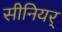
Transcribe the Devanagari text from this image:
सीनियर्